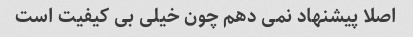
اصلا پیشنهاد نمی دهم چون خیلی بی کیفیت است